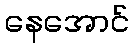
နေအောင်